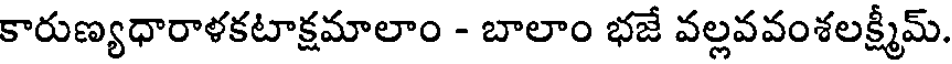
కారుణ్యధారాళకటాక్షమాలాం - బాలాం భజే వల్లవవంశలక్ష్మీమ్.